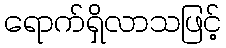
ရောက်ရှိလာသဖြင့်